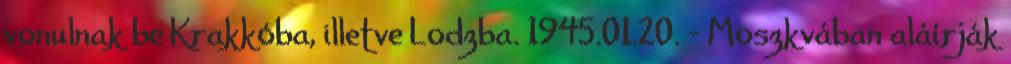
vonulnak be Krakkóba, illetve Lodzba. 1945.01.20. - Moszkvában aláírják